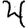
Digit: 4